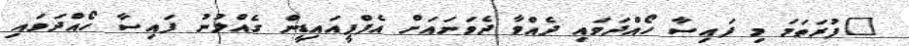
"ފުރަތަމަ މި ފައިސާ ހޯއްދަވައި ދެއްވާ ދެވަނައަށް އެފްޕީއައިޑީން ގެއްލުނު ފައިސާ ހޯއްދަވައި